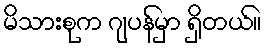
မိသားစုက ဂျပန်မှာ ရှိတယ်။